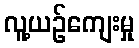
လူ့ယဉ်ကျေးမှု